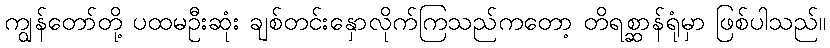
ကျွန်တော်တို့ ပထမဦးဆုံး ချစ်တင်းနှောလိုက်ကြသည်ကတော့ တိရစ္ဆာန်ရုံမှာ ဖြစ်ပါသည်။